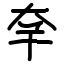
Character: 㚔